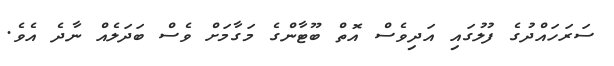
ސަރަހައްދުގެ ފުލުގައި އަދިވެސް އޮތް ބޫޓާންގެ މަގާމަށް ވެސް ބަދަލެއް ނާދެ އެވެ.